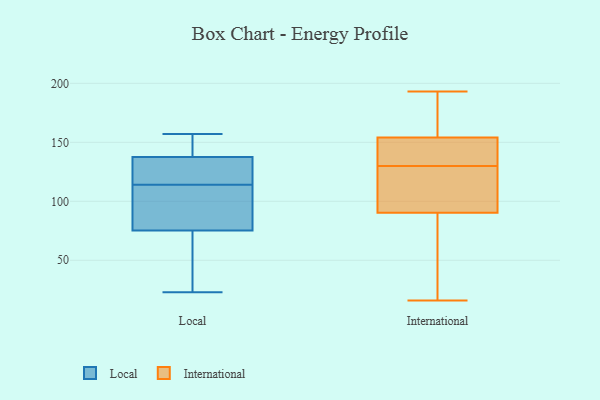
{"axis": {"x": "Population (Million)", "y": "Value"}, "legend": ["International", "Local"], "data": [{"x": "", "y": 85, "type": "Local"}, {"x": "", "y": 157, "type": "Local"}, {"x": "", "y": 104, "type": "Local"}, {"x": "", "y": 114, "type": "Local"}, {"x": "", "y": 119, "type": "Local"}, {"x": "", "y": 36, "type": "Local"}, {"x": "", "y": 142, "type": "Local"}, {"x": "", "y": 136, "type": "Local"}, {"x": "", "y": 114, "type": "Local"}, {"x": "", "y": 64, "type": "Local"}, {"x": "", "y": 23, "type": "Local"}, {"x": "", "y": 79, "type": "Local"}, {"x": "", "y": 157, "type": "Local"}, {"x": "", "y": 160, "type": "International"}, {"x": "", "y": 88, "type": "International"}, {"x": "", "y": 130, "type": "International"}, {"x": "", "y": 193, "type": "International"}, {"x": "", "y": 85, "type": "International"}, {"x": "", "y": 16, "type": "International"}, {"x": "", "y": 91, "type": "International"}, {"x": "", "y": 149, "type": "International"}, {"x": "", "y": 162, "type": "International"}, {"x": "", "y": 113, "type": "International"}, {"x": "", "y": 146, "type": "International"}, {"x": "", "y": 152, "type": "International"}, {"x": "", "y": 104, "type": "International"}]}